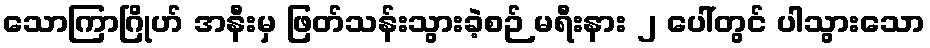
သောကြာဂြိုဟ် အနီးမှ ဖြတ်သန်းသွားခဲ့စဉ် မရီးနား ၂ ပေါ်တွင် ပါသွားသော